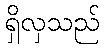
ရှိလှသည်